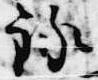
録